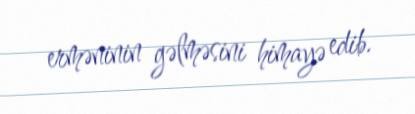
erməninin gəlməsini himayə edib.